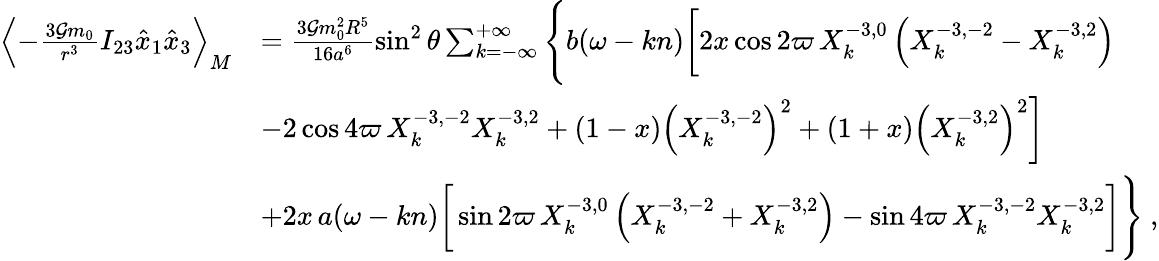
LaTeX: \begin{array}{rl}{\left\langle-\frac{3{\cal G}m_{0}}{r^{3}}I_{23}\hat{x}_{1}\hat{x}_{3}\right\rangle_{M}}&{=\frac{3{\cal G}m_{0}^{2}R^{5}}{16a^{6}}\sin^{2}\theta\sum_{k=-\infty}^{+\infty}\Bigg\{ b(\omega-kn)\bigg[2x\cos 2\varpi\, X_{k}^{-3,0}\left(X_{k}^{-3,-2}-X_{k}^{-3,2}\right)}\\ &{-2\cos 4\varpi\, X_{k}^{-3,-2}X_{k}^{-3,2}+(1-x)\left(X_{k}^{-3,-2}\right)^{2}+(1+x)\left(X_{k}^{-3,2}\right)^{2}\bigg]}\\ &{+2x\, a(\omega-kn)\bigg[\sin 2\varpi\, X_{k}^{-3,0}\left(X_{k}^{-3,-2}+X_{k}^{-3,2}\right)-\sin 4\varpi\, X_{k}^{-3,-2}X_{k}^{-3,2}\bigg]\Bigg\} \ ,}\end{array}